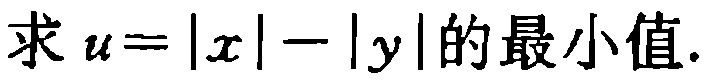
求 \(u = |x| - |y|\) 的最小值.